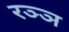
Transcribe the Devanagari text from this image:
रञ्ञ